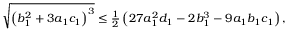
\begin{array} { r } { \sqrt { \left( b _ { 1 } ^ { 2 } + 3 a _ { 1 } c _ { 1 } \right) ^ { 3 } } \leq \frac { 1 } { 2 } \left( 2 7 a _ { 1 } ^ { 2 } d _ { 1 } - 2 b _ { 1 } ^ { 3 } - 9 a _ { 1 } b _ { 1 } c _ { 1 } \right) , } \end{array}